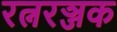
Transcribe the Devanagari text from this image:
रत्नरञ्जक